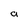
Character: a